Reports on military cantonments and civil stations in the Presidency of Bombay inspected by the Sanitary Commissioner in the years 1875 and 1876
Year: 1875
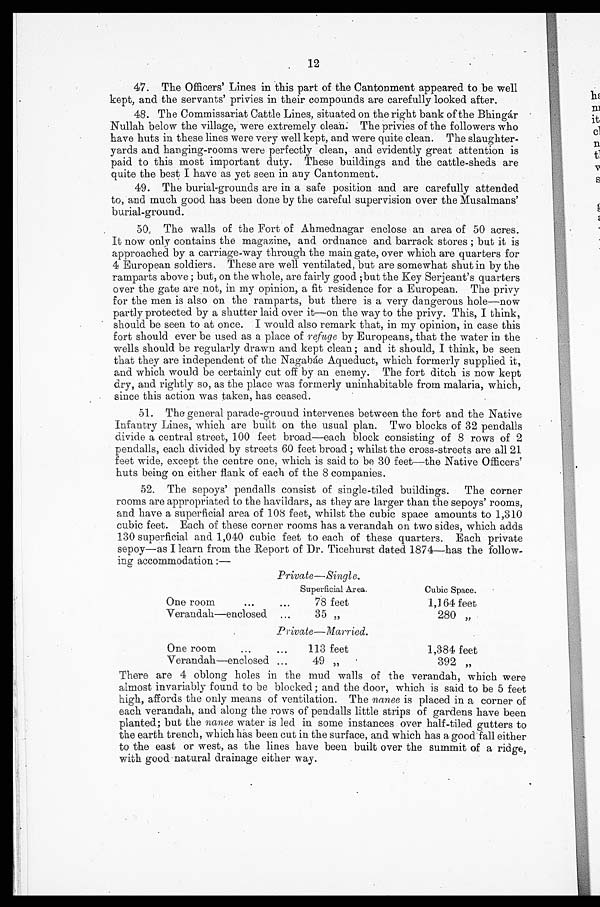
12
47.
The Officers' Lines in this part of the Cantonment appeared to be well
kept, and the servants' privies in their compounds are carefully looked after.
48. The Commissariat Cattle Lines, situated on the right bank of the Bhingar
Nullah below the village, were extremely clean: The privies of the followers who
have huts in these lines were very well kept, and were quite clean. The slaughter-
yards and hanging-rooms were perfectly clean, and evidently great attention is
paid to this most important duty. These buildings and the cattle-sheds are
quite the best I have as yet seen in any Cantonment.
49.
The burial-grounds are in a safe position and are carefully attended
to, and much good has been done by the careful supervision over the Musalmans'
burial-ground.
50. The walls of the Fort of Ahrnednagar enclose an area of 50 acres.
It now only contains the magazine, and ordnance and barrack stores ; but it is
approached by a carriage-way through the main gate, over which are quarters for
4 European soldiers. These are well ventilated, but are somewhat shut in by the
ramparts above ; but, on the whole, are fairly good ;but the Key Serjeant's quarters
over the gate are not, in my opinion, a fit residence for a European. The privy
for the men is also on the ramparts, but there is a very dangerous hole—now
partly protected by a shutter laid over it—on the way to the privy. This, I think,
should be seen to at once. I would also remark that, in my opinion, in case this
fort should ever be used as a place of refuge by Europeans, that the water in the
wells should be regularly drawn and kept clean ; and it should, I think, be seen
that they are independent of the NagabEie Aqueduct, which formerly supplied it,
and which would be certainly cut off by an enemy. The fort ditch is now kept
dry, and rightly so, as the place was formerly uninhabitable from malaria, which,
since this action was taken, has ceased.
51. The general parade-ground intervenes between the fort and the Native
infantry Lines, which are built on the usual plan. Two blocks of 32 pendalls
divide a central street, 100 feet broad—each block consisting of 8 rows of 2
pendalls, each divided by streets 60 feet broad ; whilst the cross-streets are all 21
feet wide, except the centre one, which is said to be 30 feet—the Native Officers'
huts being on either flank of each of the 8 companies.
52. The sepoys' pendalls consist of single-tiled buildings. The corner
rooms are appropriated to the havildars, as they are larger than the sepoys' rooms,
and have a superficial area of 108 feet, whilst the cubic space amounts to 1,310
cubic feet. Each of these corner rooms has a verandah on two sides, which adds
130 superficial and 1,040 cubic feet to each of these quarters. Each private
sepoy—as I learn from the Report of Dr. Ticehurst dated 1874—has the follow-
ing accommodation :—
Private— Single.
Cubic Space.
Superficial Area.
One room
78 feet
1,164 feet
Verandah—enclosed
35 „
280 „
Private—Married.
One room
113 feet
1,384 feet
Verandah—enclosed
49 ,,
392 , ,
There are 4 oblong holes in the mud walls of the verandah, which were
almost invariably found to be blocked ; and the door, which is said to be 5 feet
high, affords the only means of ventilation. The mance is placed in a corner of
each verandah, and along the rows of pendalls little strips of gardens have been
planted; but the ranee water is led in some instances over half-tiled gutters to
the earth trench, which has been cut in the surface, and which has a good fall either
to the east or west, as the lines have been built over the summit of a ridge,
with good natural drainage either way.
11